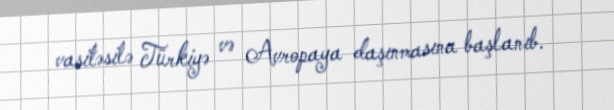
vasitəsilə Türkiyə və Avropaya daşınmasına başlanıb.